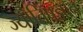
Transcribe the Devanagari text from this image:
ज्योतिषज्ञान